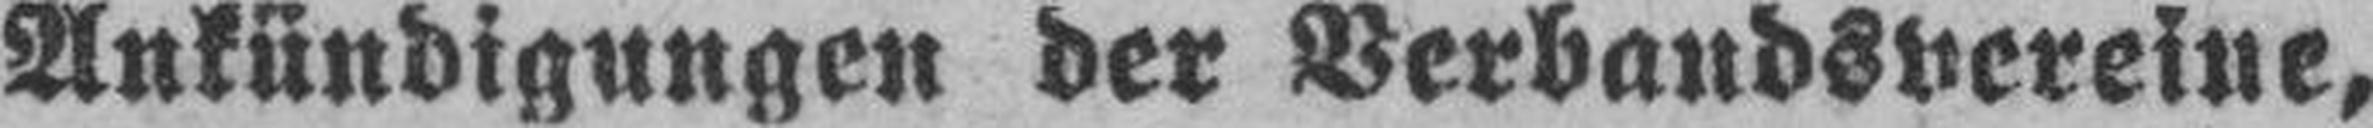
Ankündigungen der Verbandsvereine,